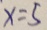
x = 5